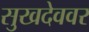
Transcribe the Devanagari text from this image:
सुखदेववर